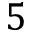
5